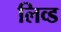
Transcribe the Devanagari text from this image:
लिव्ड